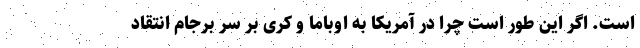
است. اگر این طور است چرا در آمریکا به اوباما و کری بر سر برجام انتقاد